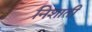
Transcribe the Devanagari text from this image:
निशाती